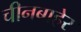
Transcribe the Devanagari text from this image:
चीनबाहेर